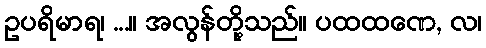
ဥပရိမာရ၊ ...။ အလွန်တို့သည်။ ပထထဏေ, လ၊